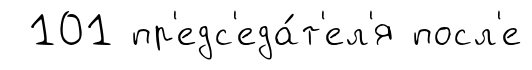
101 пр'едс'еда́т'ел'я посл'е